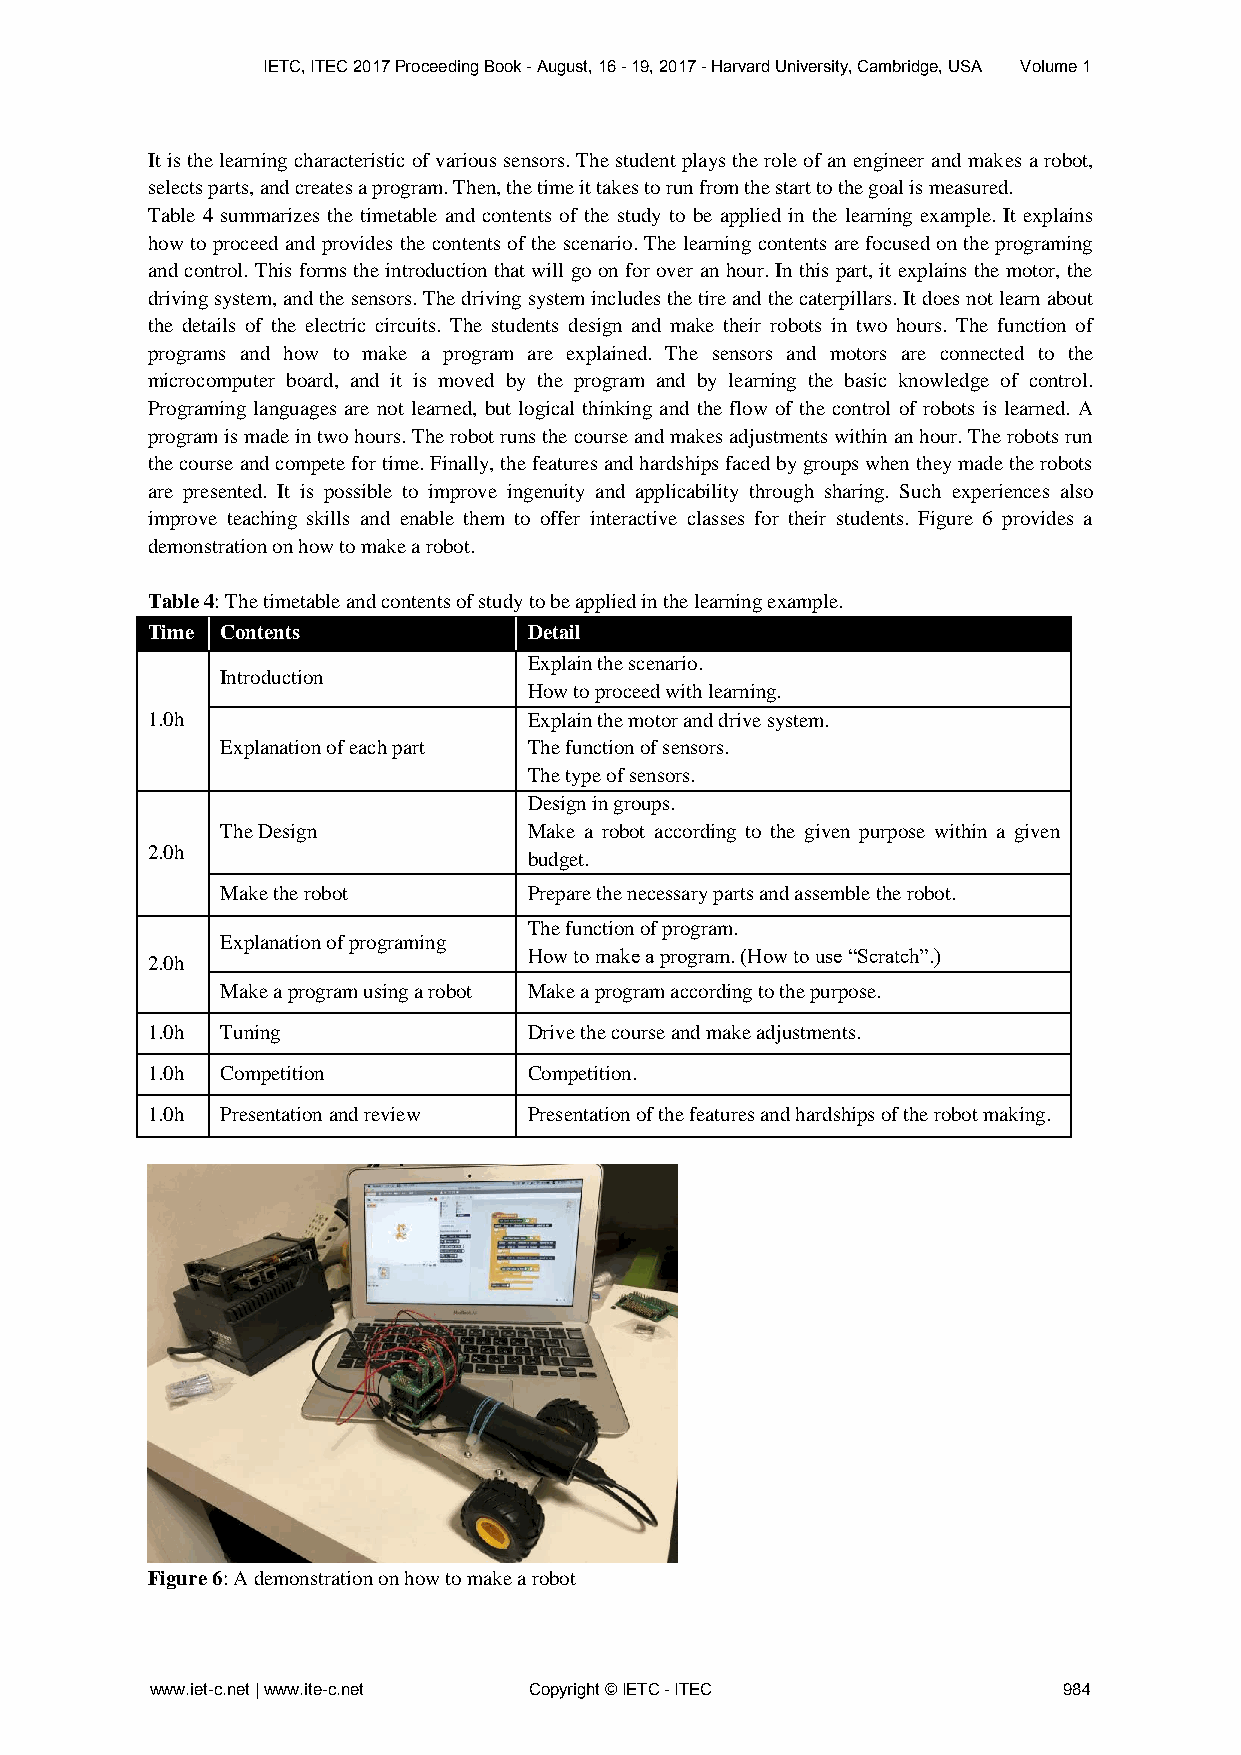
IETC, ITEC 2017 Proceeding Book - August, 16 - 19, 2017 - Harvard University, Cambridge, USA Volume 1
 It is the learning characteristic of various sensors. The student plays the role of an engineer and makes a robot,
 selects parts, and creates a program. Then, the time it takes to run from the start to the goal is measured.
 Table 4 summarizes the timetable and contents of the study to be applied in the learning example. It explains
 how to proceed and provides the contents of the scenario. The learning contents are focused on the programing
 and control. This forms the introduction that will go on for over an hour. In this part, it explains the motor, the
 driving system, and the sensors. The driving system includes the tire and the caterpillars. It does not learn about
 the details of the electric circuits. The students design and make their robots in two hours. The function of
 programs and how to make a program are explained. The sensors and motors are connected to the
 microcomputer board, and it is moved by the program and by learning the basic knowledge of control.
 Programing languages are not learned, but logical thinking and the flow of the control of robots is learned. A
 program is made in two hours. The robot runs the course and makes adjustments within an hour. The robots run
 the course and compete for time. Finally, the features and hardships faced by groups when they made the robots
 are presented. It is possible to improve ingenuity and applicability through sharing. Such experiences also
 improve teaching skills and enable them to offer interactive classes for their students. Figure 6 provides a
 demonstration on how to make a robot.
 Table 4: The timetable and contents of study to be applied in the learning example.
 Time Contents            Detail
 Explain the scenario.
 Introduction
 How to proceed with learning.
 1.0h                     Explain the motor and drive system.
 Explanation of each part The function of sensors.
 The type of sensors.
 Design in groups.
 The Design          Make a robot according to the given purpose within a given
 2.0h
 budget.
 Make the robot      Prepare the necessary parts and assemble the robot.
 The function of program.
 Explanation of programing
 How to make a program. (How to use “Scratch”.)
 2.0h
 Make a program using a robot Make a program according to the purpose.
 1.0h Tuning              Drive the course and make adjustments.
 1.0h Competition         Competition.
 1.0h Presentation and review Presentation of the features and hardships of the robot making.
 Figure 6: A demonstration on how to make a robot
 www.iet-c.net | www.ite-c.net Copyright © IETC - ITEC       984